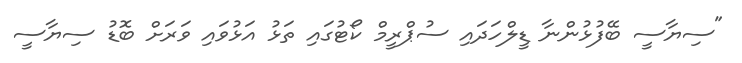
"ސިޔާސީ ބޭފުޅުންނާ ޑީލްހަދައި ސުޕްރީމް ކޯޓުގައި ތަޅު އަޅުވައި ވަރަށް ބޮޑު ސިޔާސީ